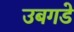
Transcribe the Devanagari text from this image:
उबगडे